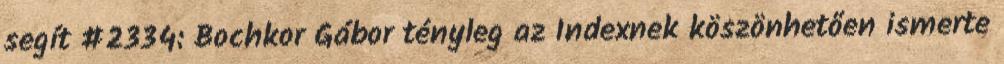
segít #2334: Bochkor Gábor tényleg az Indexnek köszönhetően ismerte